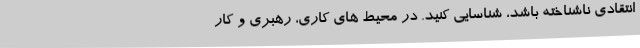
انتقادی ناشناخته باشد، شناسایی کنید. در محیط های کاری، رهبری و کار